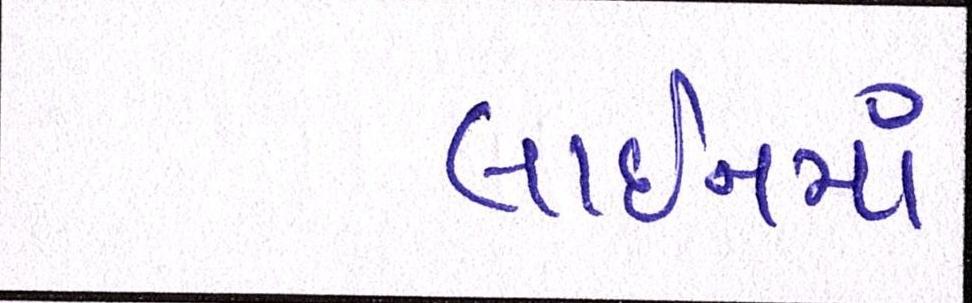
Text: લાઈનમાં